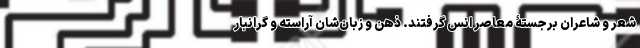
شعر و شاعران برجستۀ معاصر انس ‌گرفتند. ذهن و زبان‌شان آراسته و گرانبار